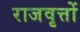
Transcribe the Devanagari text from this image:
राजवृत्तों